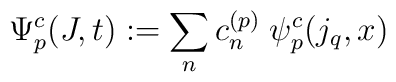
\Psi_{p}^c (J ,t) := \sum_n c_n^{(p)}\;\psi_{p}^c (j_q, x)